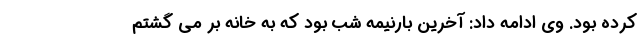
کرده بود. وی ادامه داد: آخرین بارنیمه شب بود که به خانه بر می گشتم